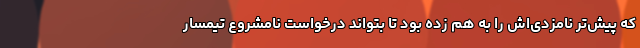
كه پيش‌تر نامزدی‌اش را به هم زده بود تا بتواند درخواست نامشروع تيمسار